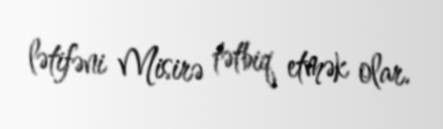
lətifəni Misirə tətbiq etmək olar.